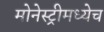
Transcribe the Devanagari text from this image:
मोनेस्ट्रीमध्येच